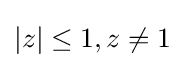
|z|\leq 1,z\neq 1